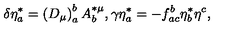
\delta \eta _ { a } ^ { * } = \left( D _ { \mu } \right) _ { a } ^ { b } A _ { b } ^ { * \mu } , \gamma \eta _ { a } ^ { * } = - f _ { a c } ^ { b } \eta _ { b } ^ { * } \eta ^ { c } ,